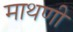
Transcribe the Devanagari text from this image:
माथणी